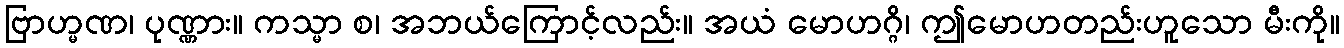
ဗြာဟ္မဏ၊ ပုဏ္ဏား။ ကသ္မာ စ၊ အဘယ်ကြောင့်လည်း။ အယံ မောဟဂ္ဂိ၊ ဤမောဟတည်းဟူသော မီးကို။